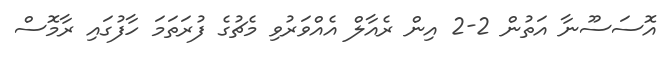
އޮސަސޫނާ އަތުން 2-2 އިން ރެއާލް އެއްވަރުވި މެޗުގެ ފުރަތަމަ ހާފުގައި ރާމޮސް